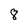
Character: 8